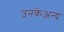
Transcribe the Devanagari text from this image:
उनकेअन्य